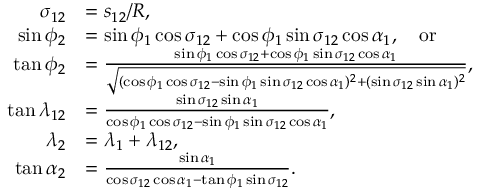
{ \begin{array} { r l } { \sigma _ { 1 2 } } & { = s _ { 1 2 } / R , } \\ { \sin \phi _ { 2 } } & { = \sin \phi _ { 1 } \cos \sigma _ { 1 2 } + \cos \phi _ { 1 } \sin \sigma _ { 1 2 } \cos \alpha _ { 1 } , \quad { \mathrm { o r } } } \\ { \tan \phi _ { 2 } } & { = { \frac { \sin \phi _ { 1 } \cos \sigma _ { 1 2 } + \cos \phi _ { 1 } \sin \sigma _ { 1 2 } \cos \alpha _ { 1 } } { \sqrt { ( \cos \phi _ { 1 } \cos \sigma _ { 1 2 } - \sin \phi _ { 1 } \sin \sigma _ { 1 2 } \cos \alpha _ { 1 } ) ^ { 2 } + ( \sin \sigma _ { 1 2 } \sin \alpha _ { 1 } ) ^ { 2 } } } } , } \\ { \tan \lambda _ { 1 2 } } & { = { \frac { \sin \sigma _ { 1 2 } \sin \alpha _ { 1 } } { \cos \phi _ { 1 } \cos \sigma _ { 1 2 } - \sin \phi _ { 1 } \sin \sigma _ { 1 2 } \cos \alpha _ { 1 } } } , } \\ { \lambda _ { 2 } } & { = \lambda _ { 1 } + \lambda _ { 1 2 } , } \\ { \tan \alpha _ { 2 } } & { = { \frac { \sin \alpha _ { 1 } } { \cos \sigma _ { 1 2 } \cos \alpha _ { 1 } - \tan \phi _ { 1 } \sin \sigma _ { 1 2 } } } . } \end{array} }